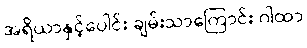
အရိယာနှင့်ပေါင်း ချမ်းသာကြောင်း ဂါထာ